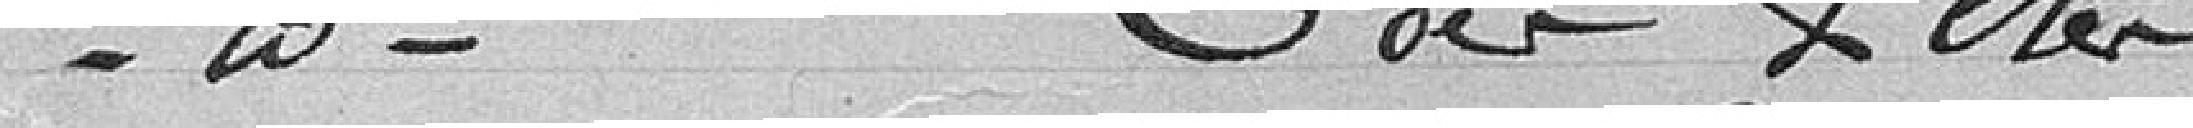
Nomination de la Commission des fêtes